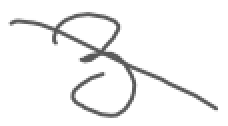
Text: 3
Cross-out: diagonal
Writing tool: digital_gray